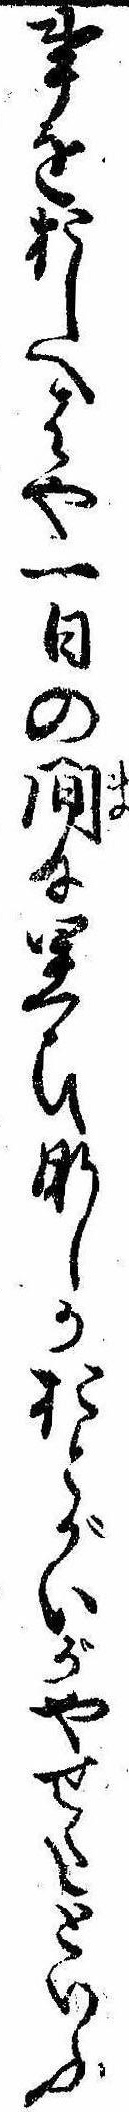
事をおしへはや一日の間に思ひなしかおとがいがやせたといふ